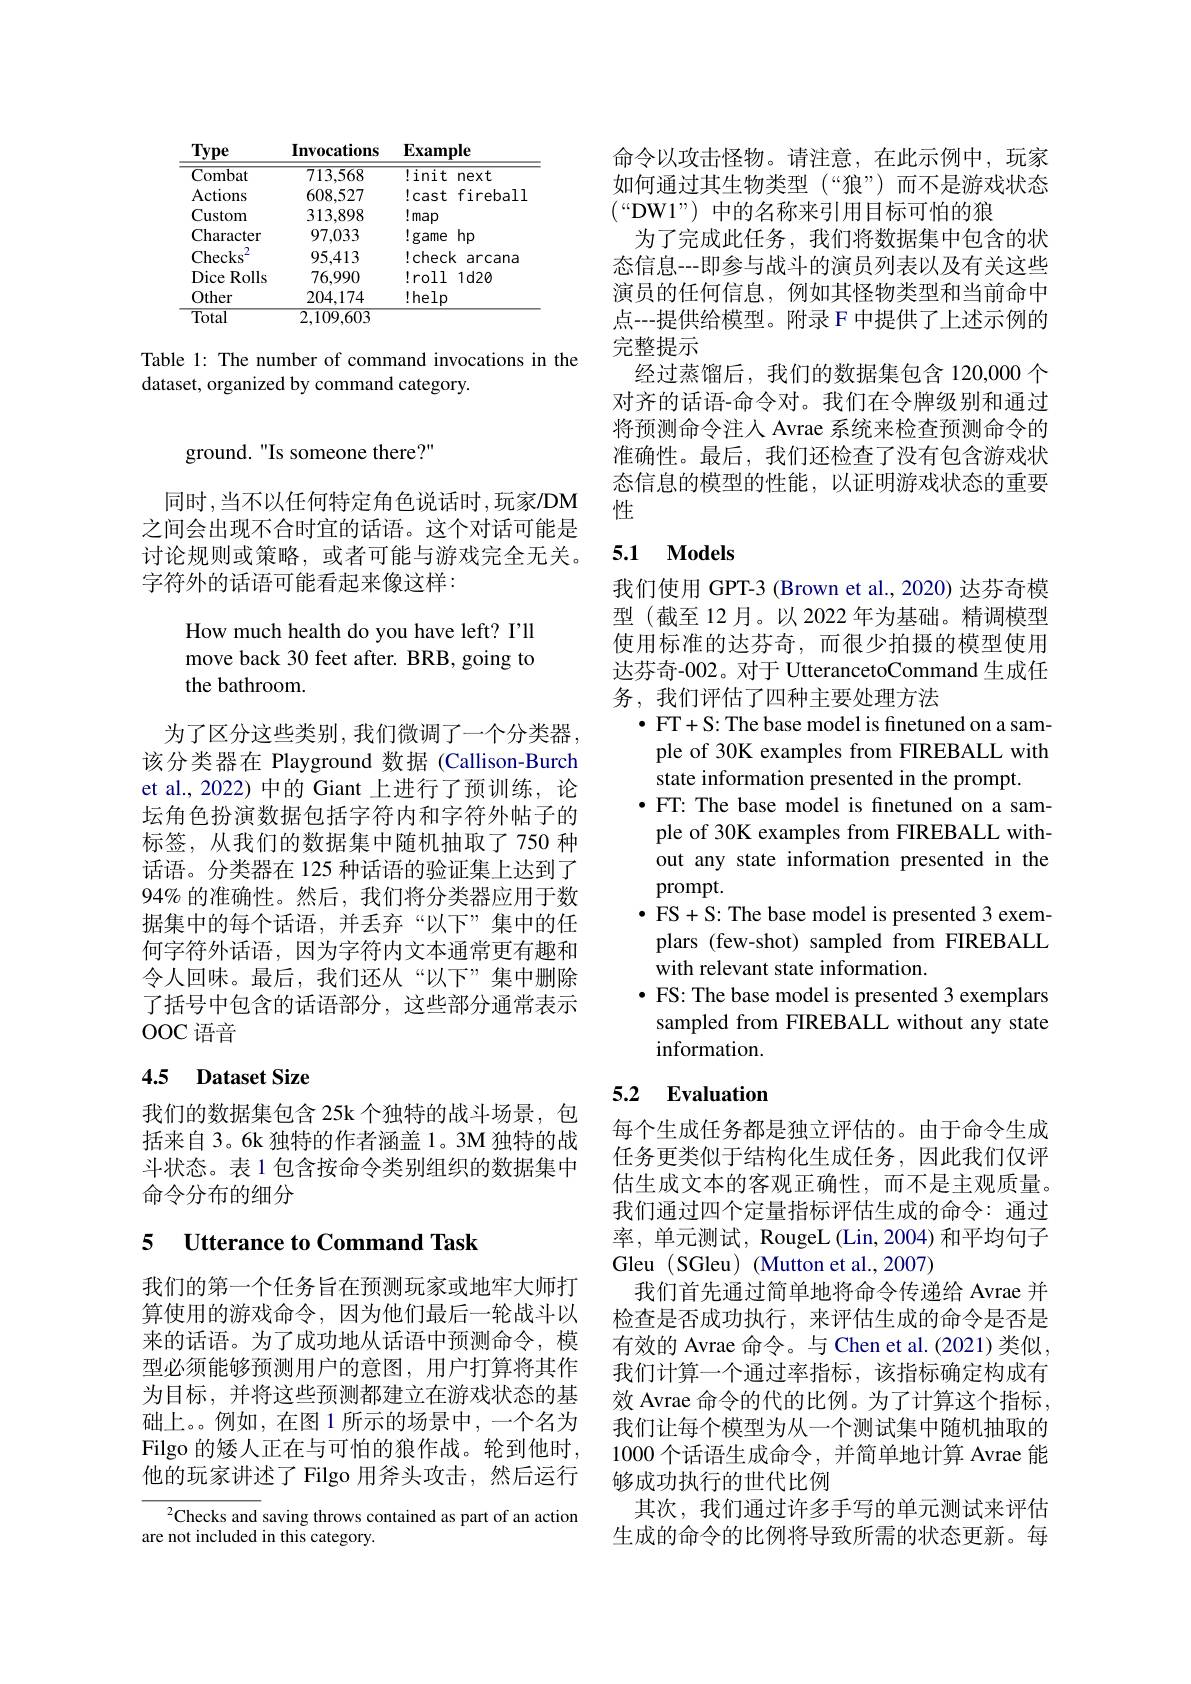
<table>
	<tbody>
		<tr>
			<th>Type</th>
			<th>Invocations</th>
			<th>$\mathbf{Example}$</th>
		</tr>
		<tr>
			<td>Combat</td>
			<td>$\overline{713,568}$</td>
			<td>!init next</td>
		</tr>
		<tr>
			<td>Actions</td>
			<td>608,527</td>
			<td>$!cast$ firebal 1</td>
		</tr>
		<tr>
			<td>Custom</td>
			<td>313,898</td>
			<td>$!map$</td>
		</tr>
		<tr>
			<td>Character</td>
			<td>97,033</td>
			<td>$!game$ $hp$</td>
		</tr>
		<tr>
			<td>2 Checks</td>
			<td>95,413</td>
			<td>!check arcana</td>
		</tr>
		<tr>
			<td>Dice Rolls</td>
			<td>76,990</td>
			<td>!roll $1d20$</td>
		</tr>
		<tr>
			<td>Other</td>
			<td>204,174</td>
			<td>!help</td>
		</tr>
		<tr>
			<td>Total</td>
			<td>2,109,603</td>
			<td> </td>
		</tr>
	</tbody>
</table>

Table 1: The number of command invocations in the

dataset, organized by command category.

ground. "Is someone there?"

同时，当不以任何特定角色说话时，玩家/DM 之间会出现不合时宜的话语。这个对话可能是讨论规则或策略，或者可能与游戏完全无关。字符外的话语可能看起来像这样：

How much health do you have left? I'll move back 30 feet after. BRB, going to the bathroom.

为了区分这些类别，我们微调了一个分类器该分类器在 Playground 数据 (Callison-Burch et al., 2022) 中的 Giant 上进行了预训练，论坛角色扮演数据包括字符内和字符外帖子的标签，从我们的数据集中随机抽取了750 种话语。分类器在 125 种话语的验证集上达到了94% 的准确性。然后，我们将分类器应用于数据集中的每个话语，并丢弃“以下”集中的任何字符外话语，因为字符内文本通常更有趣和令人回味。最后，我们还从“以下”集中删除了括号中包含的话语部分，这些部分通常表示OOC 语音

## 4.5 Dataset Size

我们的数据集包含 25k 个独特的战斗场景，包括来自 3。6k 独特的作者涵盖 1。3M 独特的战斗状态。表 1 包含按命令类别组织的数据集中命令分布的细分

# 5 Utterance to Command Task

我们的第一个任务旨在预测玩家或地牢大师打算使用的游戏命令，因为他们最后一轮战斗以来的话语。为了成功地从话语中预测命令，模型必须能够预测用户的意图，用户打算将其作为目标，并将这些预测都建立在游戏状态的基础上。例如，在图 1 所示的场景中，一个名为$\operatorname{Filgo}$的矮人正在与可怕的狼作战。轮到他时， 他的玩家讲述了 Filgo 用斧头攻击，然后运行

$^2$Checks and saving throws contained as part of an action
are not included in this category.

命令以攻击怪物。请注意，在此示例中，玩家如何通过其生物类型(“狼”)而不是游戏状态$(“$DW1”)中的名称来引用目标可怕的狼
为了完成此任务，我们将数据集中包含的状态信息--即参与战斗的演员列表以及有关这些演员的任何信息，例如其怪物类型和当前命中点---提供给模型。附录 F 中提供了上述示例的完整提示
经过蒸馏后，我们的数据集包含 120,000 个对齐的话语-命令对。我们在令牌级别和通过将预测命令注人 Avrae 系统来检查预测命令的准确性。最后，我们还检查了没有包含游戏状态信息的模型的性能，以证明游戏状态的重要性

### 5.1 $\mathbf{Models}$

我们使用 GPT-3 (Brown et al., 2020) 达芬奇模型(截至12月。以 2022 年为基础。精调模型使用标准的达芬奇，而很少拍摄的模型使用达芬奇-002。对于 UtterancetoCommand 生成任务，我们评估了四种主要处理方法
$\bullet$ FT+S: The base model is finetuned on a sam-
ple of 30K examples from FIREBALL with
state information presented in the prompt.
·FT: The base model is finetuned on a sample of 30K examples from FIREBALL without any state information presented in the prompt.
$\bullet$ FS+ S: The base model is presented 3 exem-
plars (few-shot) sampled from FIREBALL
with relevant state information.
$\bullet$ FS: The base model is presented 3 exemplars sampled from FIREBALL without any state information.

## 5.2 Evaluation

每个生成任务都是独立评估的。由于命令生成任务更类似于结构化生成任务，因此我们仅评估生成文本的客观正确性，而不是主观质量。我们通过四个定量指标评估生成的命令：通过率，单元测试，RougeL(Lin,2004) 和平均句子Gleu (SGleu) (Mutton et al.,2007)
我们首先通过简单地将命令传递给 Avrae 并检查是否成功执行，来评估生成的命令是否是有效的 Avrae 命令。与 Chen et al.(2021)类似， 我们计算一个通过率指标，该指标确定构成有效 Avrae 命令的代的比例。为了计算这个指标， 我们让每个模型为从一个测试集中随机抽取的1000 个话语生成命令，并简单地计算 Avrae 能够成功执行的世代比例
其次，我们通过许多手写的单元测试来评估生成的命令的比例将导致所需的状态更新。每